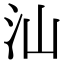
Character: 汕